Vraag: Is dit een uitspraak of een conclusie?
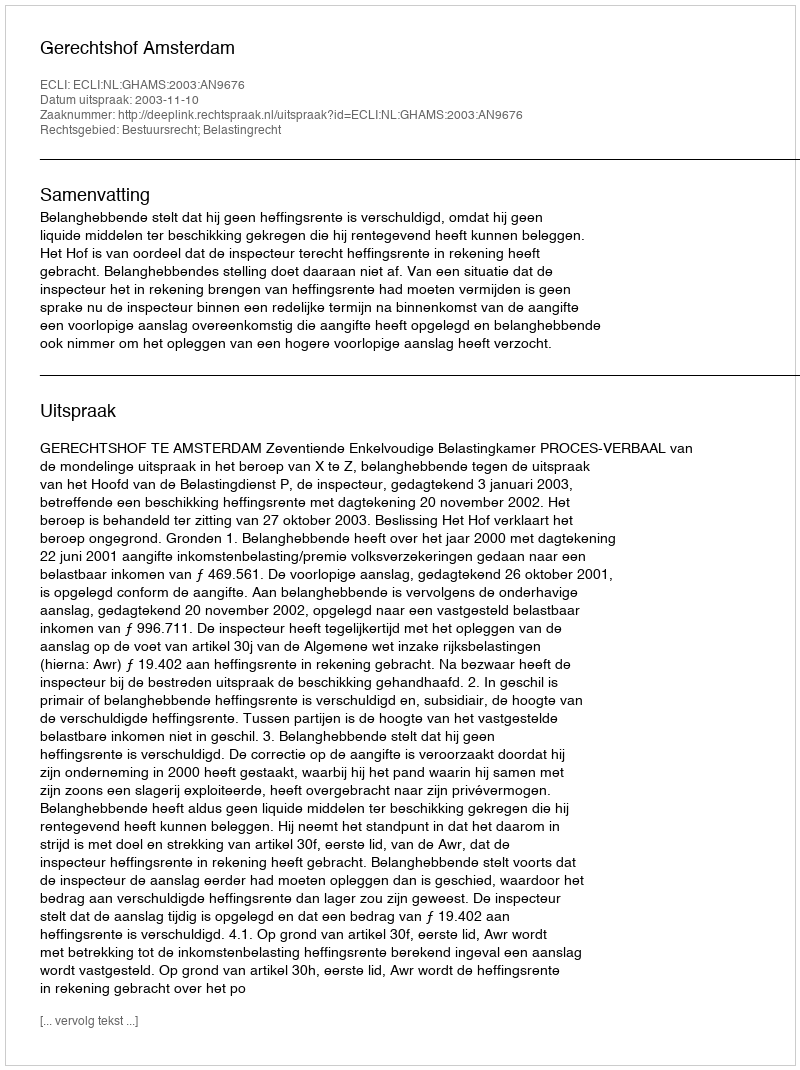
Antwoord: Uitspraak